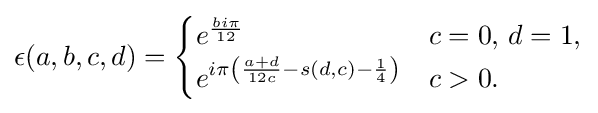
\epsilon (a,b,c,d)={\begin{cases}e^{\frac {bi\pi }{12}}&c=0,\,d=1,\\e^{i\pi \left({\frac {a+d}{12c}}-s(d,c)-{\frac {1}{4}}\right)}&c>0.\end{cases}}